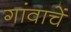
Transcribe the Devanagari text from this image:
गांवाचें